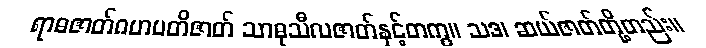
ရာဓဇာတ်ဂဟပတိဇာတ် သာဓုသီလဇာတ်နှင့်တကွ။ သဒ၊ ဆယ်ဇာတ်တို့တည်း။